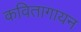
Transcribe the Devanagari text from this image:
कवितागायन